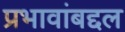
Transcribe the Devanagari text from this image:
प्रभावांबद्दल